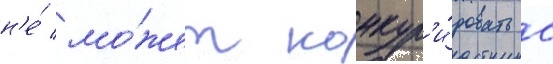
н'е́ мо́жет конкур'и́ровать с